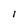
Character: 1